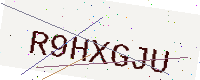
Text: R9HXGJU